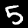
Digit: 5